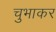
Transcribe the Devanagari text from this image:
चुभाकर